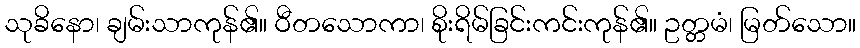
သုခိနော၊ ချမ်းသာကုန်၏။ ဝီတသောကာ၊ စိုးရိမ်ခြင်းကင်းကုန်၏။ ဥတ္တမံ၊ မြတ်သော။